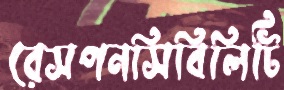
রেসপনসিবিলিটি